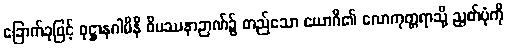
ခြောက်ခုဖြင့် ဝုဋ္ဌာနဂါမိနိ ဝိပဿနာဉာဏ်၌ တည်သော ယောဂီ၏ လောကုတ္တရာသို့ ညွတ်ပုံကို